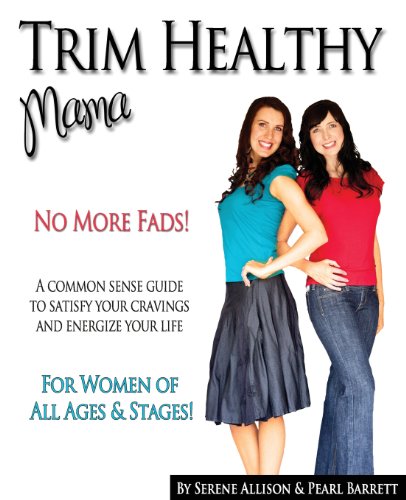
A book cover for Trim Healthy Mama; Pearl P. Barrett; Cookbooks, Food & Wine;